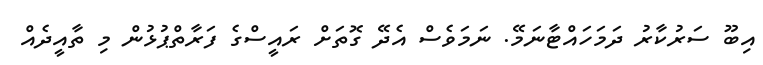
އިބޫ ސަރުކާރު ދަމަހައްޓާނަމޭ. ނަމަވެސް އެދޭ ގޮތަށް ރައީސްގެ ފަރާތްޕުޅުން މި ތާއީދެއް